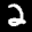
Label: 2